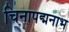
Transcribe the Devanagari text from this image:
चिनापद्मनाभ